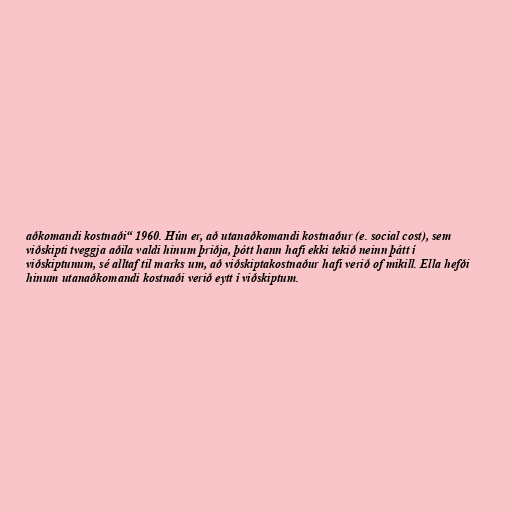
aðkomandi kostnaði“ 1960. Hún er, að utanaðkomandi kostnaður (e. social cost), sem
viðskipti tveggja aðila valdi hinum þriðja, þótt hann hafi ekki tekið neinn þátt í
viðskiptunum, sé alltaf til marks um, að viðskiptakostnaður hafi verið of mikill. Ella hefði
hinum utanaðkomandi kostnaði verið eytt í viðskiptum.